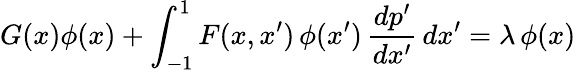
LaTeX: G(x)\phi(x)+\int_{-1}^{1}F(x,x^{\prime})\, \phi(x^{\prime})\, {\frac{dp^{\prime}}{dx^{\prime}}}\, dx^{\prime}=\lambda\, \phi(x)